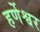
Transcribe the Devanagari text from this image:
हर्णेश्वर